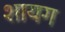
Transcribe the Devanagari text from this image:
शायग